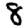
Digit: 8